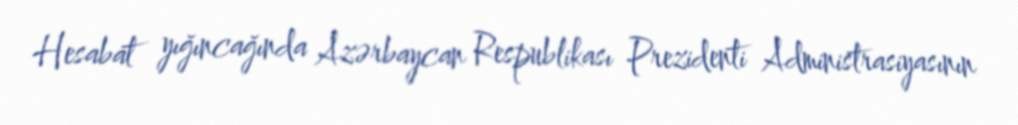
Hesabat yığıncağında Azərbaycan Respublikası Prezidenti Administrasiyasının